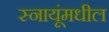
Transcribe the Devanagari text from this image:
स्नायूंमधील